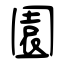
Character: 園